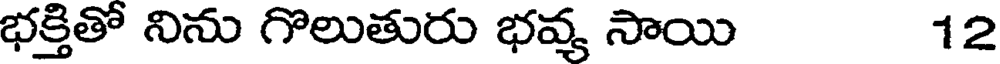
భక్తితో నిను గొలుతురు భవ్య సాయి 12